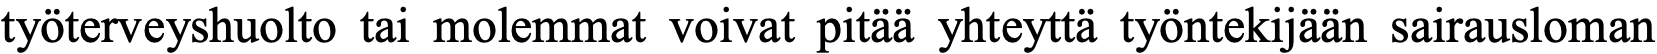
työterveyshuolto tai molemmat voivat pitää yhteyttä työntekijään sairausloman